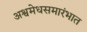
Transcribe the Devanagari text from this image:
अश्वमेधसमारंभात